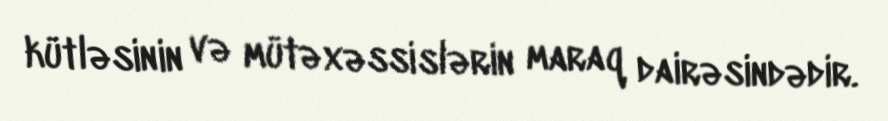
kütləsinin və mütəxəssislərin maraq dairəsindədir.